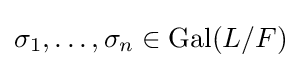
\sigma _{1},\ldots ,\sigma _{n}\in \mathrm {Gal} (L/F)